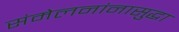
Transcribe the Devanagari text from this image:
संमेलनांनासुद्धा